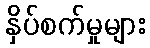
နှိပ်စက်မှုများ